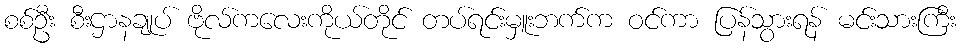
စစ်ဦး စီးဌာနချုပ် ဗိုလ်ကလေးကိုယ်တိုင် တပ်ရင်းမှူးဘက်က ဝင်ကာ ပြန်သွားရန် မင်းသားကြီး